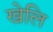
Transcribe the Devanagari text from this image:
खेलि